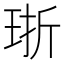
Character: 𪻢